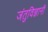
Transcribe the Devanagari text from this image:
जंतुविज्ञानी